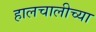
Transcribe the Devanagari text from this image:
हालचालीच्या